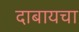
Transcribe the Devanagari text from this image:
दाबायचा